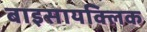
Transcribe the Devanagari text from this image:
बाइसायक्लिक